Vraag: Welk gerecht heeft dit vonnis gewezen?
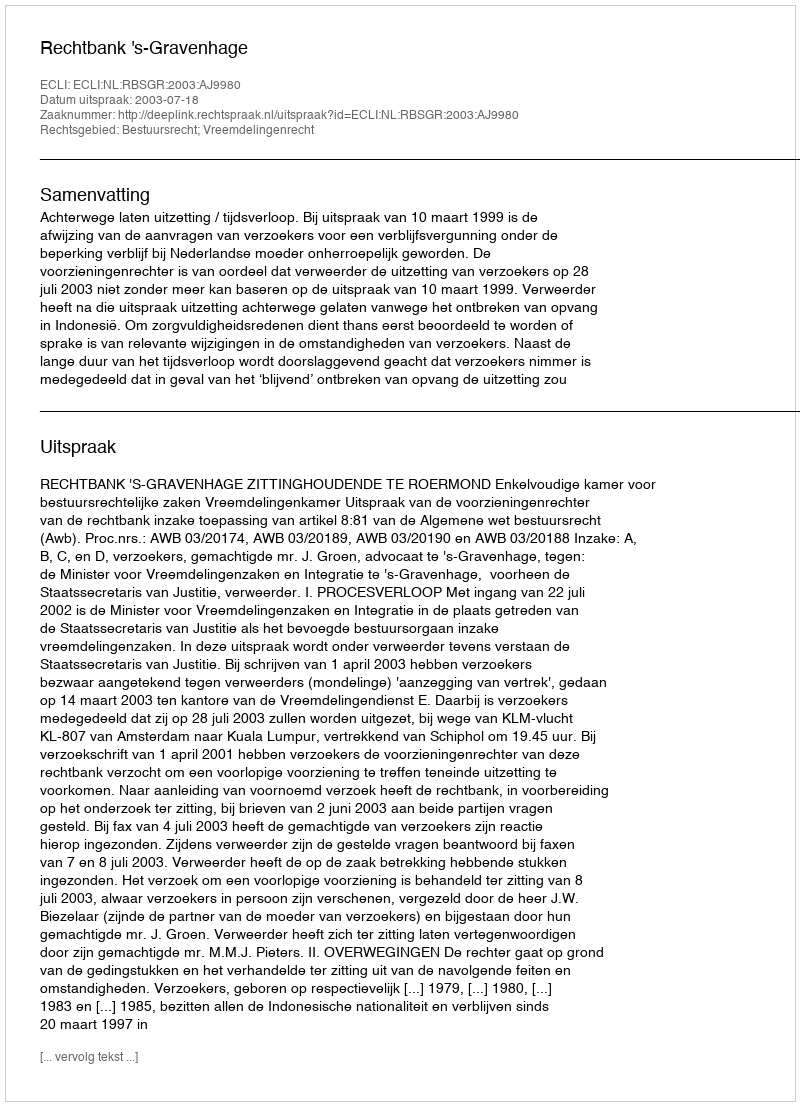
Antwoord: Rechtbank 's-Gravenhage